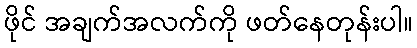
ဖိုင် အချက်အလက်ကို ဖတ်နေတုန်းပါ။